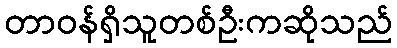
တာဝန်ရှိသူတစ်ဦးကဆိုသည်